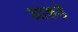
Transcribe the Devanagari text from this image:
आकडे़